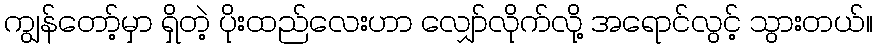
ကျွန်တော့်မှာ ရှိတဲ့ ပိုးထည်လေးဟာ လျှော်လိုက်လို့ အရောင်လွင့် သွားတယ်။